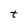
Character: t